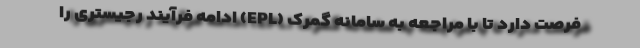
فرصت دارد تا با مراجعه به سامانه گمرک (EPL) ادامه فرآیند رجیستری را